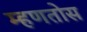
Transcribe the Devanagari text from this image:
म्हणतोस